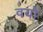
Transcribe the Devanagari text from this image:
वयो